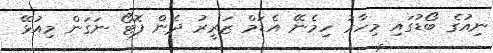
ނިއުގެ ބޯޑުގައި މިހާރު ހިމެނޭ އެޑަމް ޒަރީރު ދެން ފޮޓޯ ނަގަން މިއުޅޭ